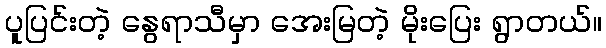
ပူပြင်းတဲ့ နွေရာသီမှာ အေးမြတဲ့ မိုးပြေး ရွာတယ်။